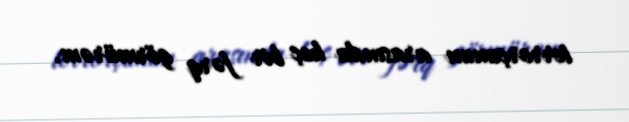
terrorçunun arasında heç bir fərq görmürəm.